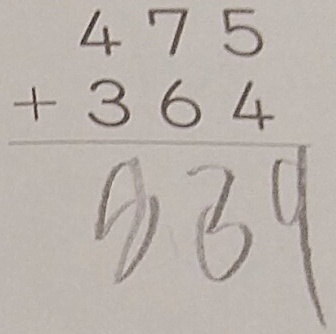
\begin{align*}
&475\\
+&364\\
\hline
&839
\end{align*}